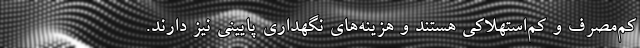
کم‌مصرف و کم‌استهلاکی هستند و هزینه‌های نگهداری پایینی نیز دارند.